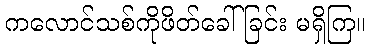
ကလောင်သစ်ကိုဖိတ်ခေါ်ခြင်း မရှိကြ။